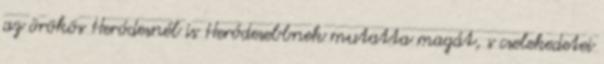
az örökös Heródesnél is Heródesebbnek mutatta magát, s cselekedetei